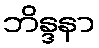
ဘိန္ဒနာ